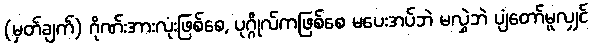
(မှတ်ချက်) ဂိုဏ်းအားလုံးဖြစ်စေ, ပုဂ္ဂိုလ်ကဖြစ်စေ မပေးအပ်ဘဲ မလွှဲဘဲ ပျံတော်မူလျှင်